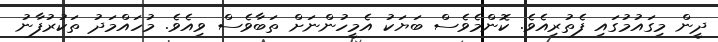
ދީން މިގައުމުގައި ފެތުރިއެވެ. ކޮންމެވެސް ބަޔަކު އެމީހުންނަށް ތަބާވެސް ވިއެވެ. މުހައްމަދު ތަކުރުފާނު